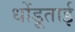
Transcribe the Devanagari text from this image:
धोंडूताई